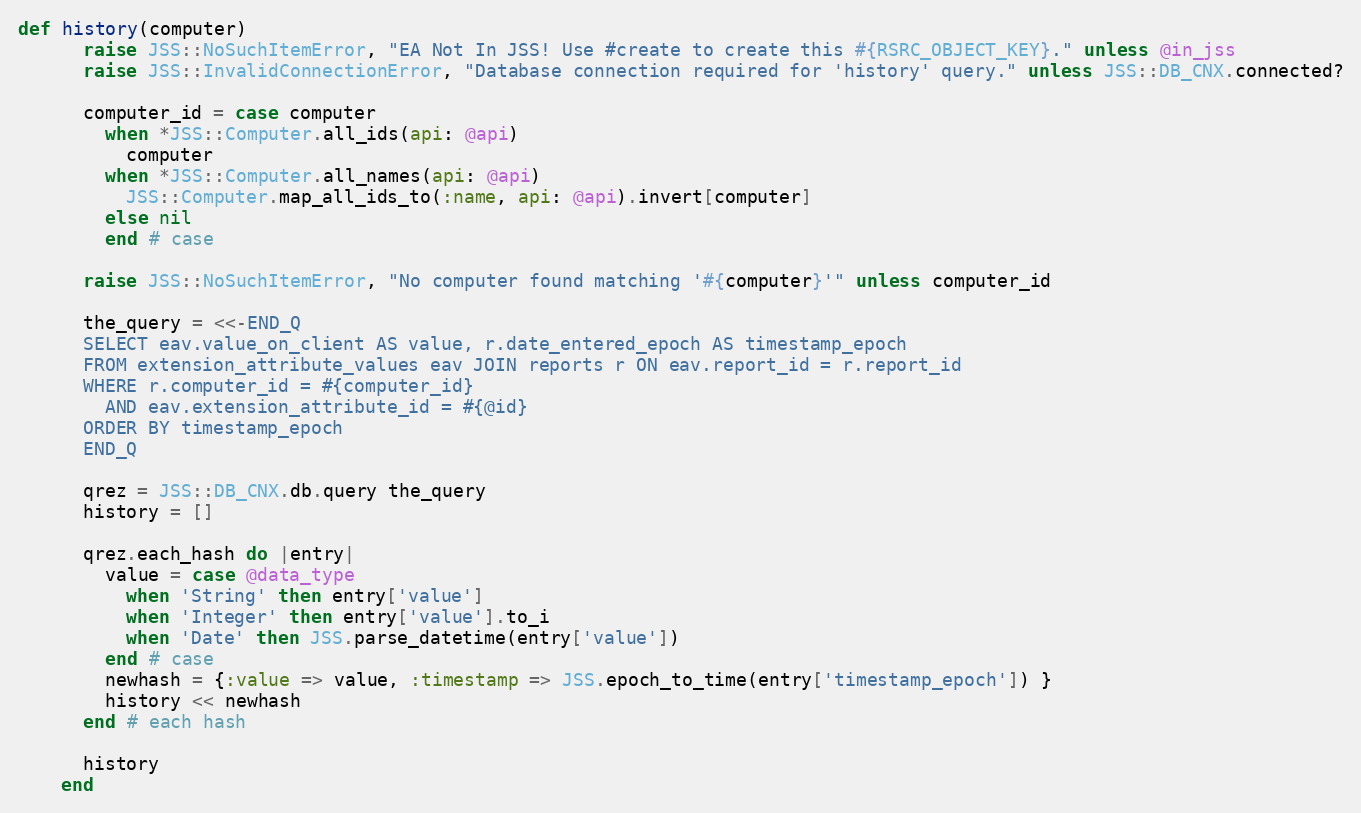
Language: Ruby
def history(computer)
      raise JSS::NoSuchItemError, "EA Not In JSS! Use #create to create this #{RSRC_OBJECT_KEY}." unless @in_jss
      raise JSS::InvalidConnectionError, "Database connection required for 'history' query." unless JSS::DB_CNX.connected?

      computer_id = case computer
        when *JSS::Computer.all_ids(api: @api)
          computer
        when *JSS::Computer.all_names(api: @api)
          JSS::Computer.map_all_ids_to(:name, api: @api).invert[computer]
        else nil
        end # case

      raise JSS::NoSuchItemError, "No computer found matching '#{computer}'" unless computer_id

      the_query = <<-END_Q
      SELECT eav.value_on_client AS value, r.date_entered_epoch AS timestamp_epoch
      FROM extension_attribute_values eav JOIN reports r ON eav.report_id = r.report_id
      WHERE r.computer_id = #{computer_id}
        AND eav.extension_attribute_id = #{@id}
      ORDER BY timestamp_epoch
      END_Q

      qrez = JSS::DB_CNX.db.query the_query
      history = []

      qrez.each_hash do |entry|
        value = case @data_type
          when 'String' then entry['value']
          when 'Integer' then entry['value'].to_i
          when 'Date' then JSS.parse_datetime(entry['value'])
        end # case
        newhash = {:value => value, :timestamp => JSS.epoch_to_time(entry['timestamp_epoch']) }
        history << newhash
      end # each hash

      history
    end